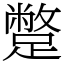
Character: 蹩